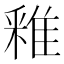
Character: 䧽